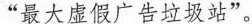
”最大虚假广告垃圾站”。